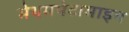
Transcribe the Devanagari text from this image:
मेथमपेटामाइन